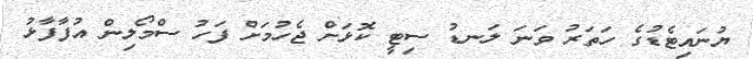
ޔުނައިޓެޑުގެ ހަތަރު ވަނަ ލަނޑު ސިޓީ ކޮޅަށް ޖެހުމަށް ފަހު ސްމޯލިން އުފާފާޅު